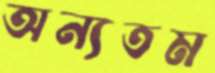
অন্যতম